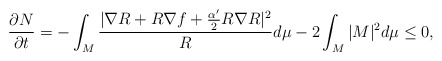
\begin{align*}\frac{\partial N}{\partial t}=-\int_M\frac{|\nabla R+R\nabla f+\frac{\alpha'}{2}R\nabla R|^2}{R}d\mu-2\int_M|M|^2d\mu\leq 0,\end{align*}